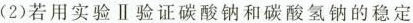
(2)若用实验Ⅱ验证碳酸钠和碳酸氢钠的稳定